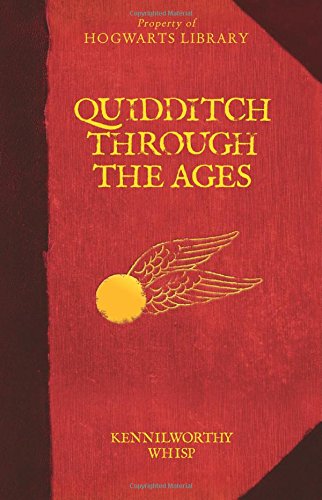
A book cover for Quidditch Through the Ages (Harry Potter); Kennilworthy Whisp; Children's Books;